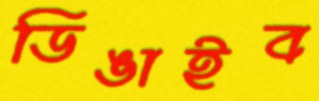
ডিঙাইব